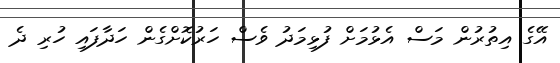
އޭގެ އިތުރުން މަސް އެޅުމަށް ފުޅިމަދު ވެސް ހަރުކޮށްގެން ހަދާފައި ހުރި ދެ